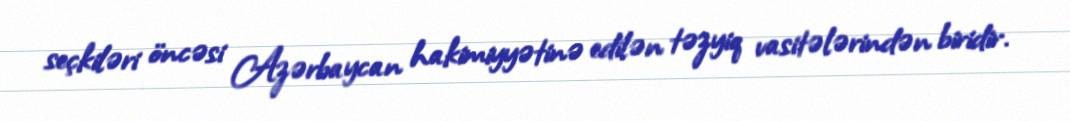
seçkiləri öncəsi Azərbaycan hakimiyyətinə edilən təzyiq vasitələrindən biridir.